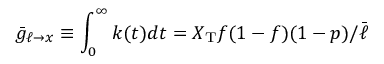
\bar { g } _ { \ell \to x } \equiv \int _ { 0 } ^ { \infty } k ( t ) d t = X _ { \mathrm { T } } f ( 1 - f ) ( 1 - p ) / \bar { \ell }